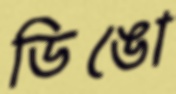
ডিঙো